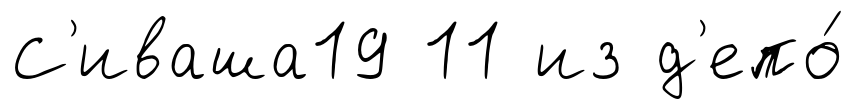
С'иваша19 11 из д'епо́